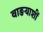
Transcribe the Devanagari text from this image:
वाङयाशीं